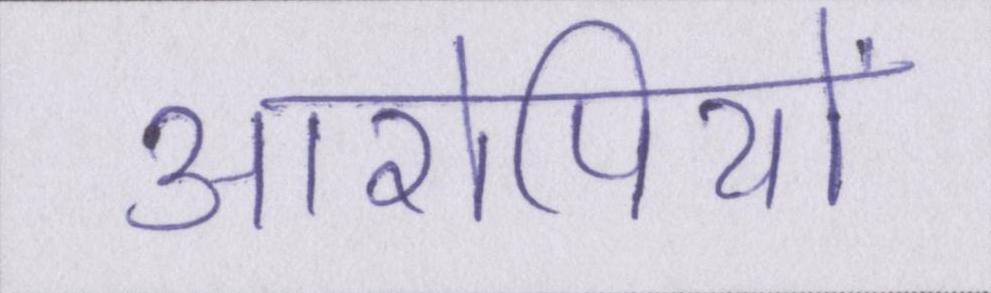
आरोपियों